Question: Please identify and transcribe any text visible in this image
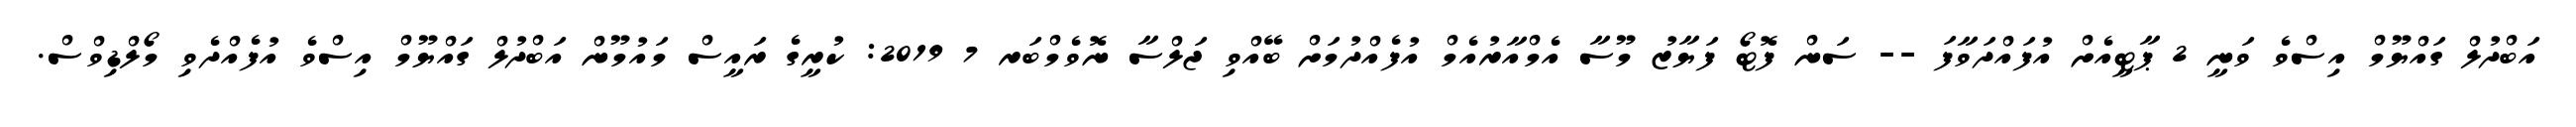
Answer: އަބްދުލް ގައްޔޫމް އިސްވެ ވަނީ 2 ޕާޓީއެށް އުފައްދަވާފަ -- ސަން ފޮޓޯ ފަޔާޒު މޫސާ އެމްއާރުއެމް އުފެއްދުމަށް ބޭއްވި ޖަލްސާ ނޮވެމްބަރ 7 2019: ކުރީގެ ރައީސް މައުމޫން އަބްދުލް ގައްޔޫމް އިސްވެ އުފެއްދެވި މޯލްޑިވްސް.